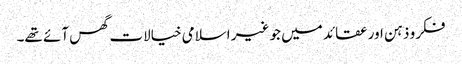
فکرو ذہن اور عقائد میں جو غیر اسلامی خیالات گھس آئے تھے۔